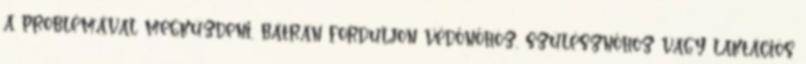
a problémával megküzdeni, bátran forduljon védőnőhöz, szülésznőhöz vagy laktációs